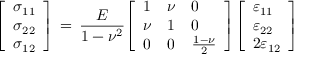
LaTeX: { \left[ \begin{array} { l } { \sigma _ { 1 1 } } \\ { \sigma _ { 2 2 } } \\ { \sigma _ { 1 2 } } \end{array} \right] } \, = \, { \frac { E } { 1 - \nu ^ { 2 } } } { \left[ \begin{array} { l l l } { 1 } & { \nu } & { 0 } \\ { \nu } & { 1 } & { 0 } \\ { 0 } & { 0 } & { { \frac { 1 - \nu } { 2 } } } \end{array} \right] } { \left[ \begin{array} { l } { \varepsilon _ { 1 1 } } \\ { \varepsilon _ { 2 2 } } \\ { 2 \varepsilon _ { 1 2 } } \end{array} \right] }